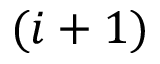
( i + 1 )